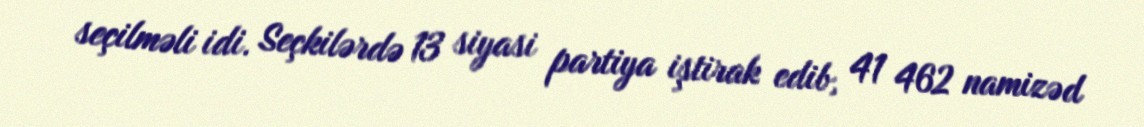
seçilməli idi. Seçkilərdə 13 siyasi partiya iştirak edib, 41 462 namizəd